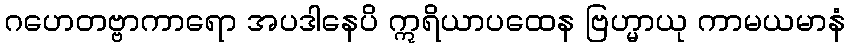
ဂဟေတဗ္ဗာကာရော အပဒါနေပိ ဣရိယာပထေန ဗြဟ္မာယု ကာမယမာနံ